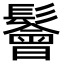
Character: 鬠